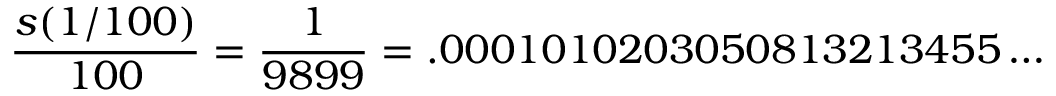
{ \frac { s ( 1 / 1 0 0 ) } { 1 0 0 } } = { \frac { 1 } { 9 8 9 9 } } = . 0 0 0 1 0 1 0 2 0 3 0 5 0 8 1 3 2 1 3 4 5 5 \ldots